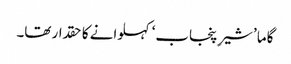
گاما ’شیرِ پنجاب‘ کہلوانے کا حقدار تھا۔